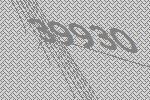
39930